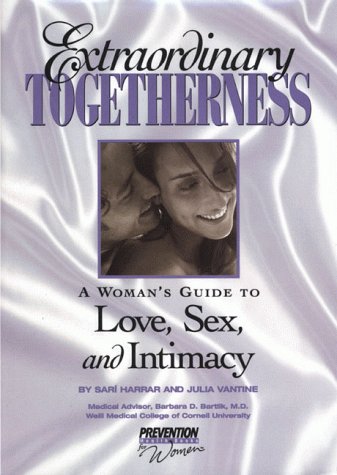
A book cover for Extraordinary Togetherness: A Woman's Guide to Love, Sex and Intimacy; Sari Harraar; Health, Fitness & Dieting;